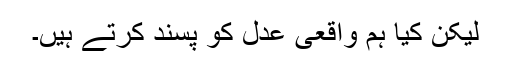
لیکن کیا ہم واقعی عدل کو پسند کرتے ہیں۔